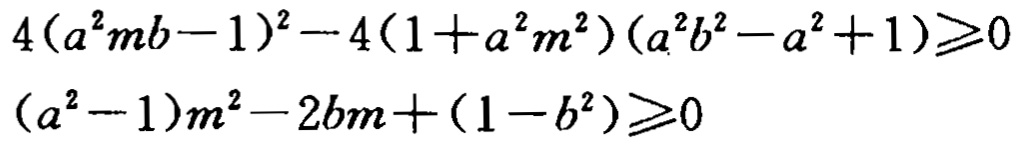
\[
\begin{align*}
4(a^{2}mb - 1)^{2}-4(1 + a^{2}m^{2})(a^{2}b^{2}-a^{2}+1)&\geqslant0\\
(a^{2}-1)m^{2}-2bm+(1 - b^{2})&\geqslant0
\end{align*}
\]